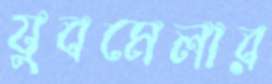
যুবমেলার